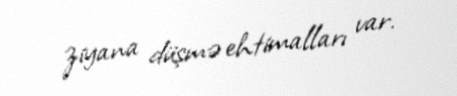
ziyana düşmə ehtimalları var.